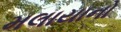
મલાયાનો